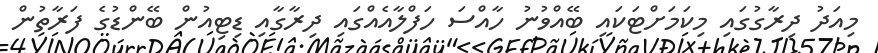
މިއަދު ދިރާގުގައި މިކަމަށްޓަކައި ބޭއްވުނު ހާއްސަ ހަފްލާއެއްގައި ދިރާގާއި ޑިޓިއުން ބޭންޑުގެ ފަރާތުން